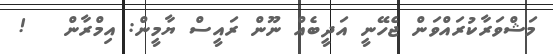
މަޝްވަރާކުރައްވަން ޖެހޭނީ އަދީބެއް ނޫން ރައީސް ޔާމީން: އިމްރާން   !